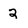
Character: 2